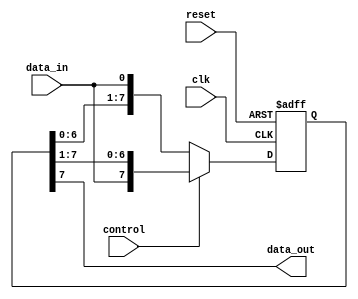
module bidirectional_shift_register (
    input wire clk,
    input wire reset,
    input wire control,
    input wire data_in,
    output wire data_out
);

parameter SIZE = 8;
reg [SIZE - 1:0] register;

always @(posedge clk or posedge reset) begin
    if (reset) begin
        register <= 0;
    end else begin
        if (control == 0) begin
            register <= {register[SIZE - 2:0], data_in};
        end else begin
            register <= {data_in, register[SIZE - 1:1]};
        end
    end
end

assign data_out = register[SIZE - 1];

endmodule